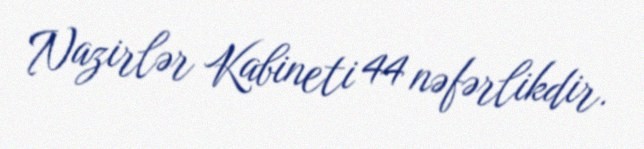
Nazirlər Kabineti 44 nəfərlikdir.